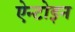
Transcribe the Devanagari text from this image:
ऐन्टोइन